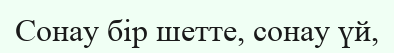
Сонау бір шетте, сонау үй,